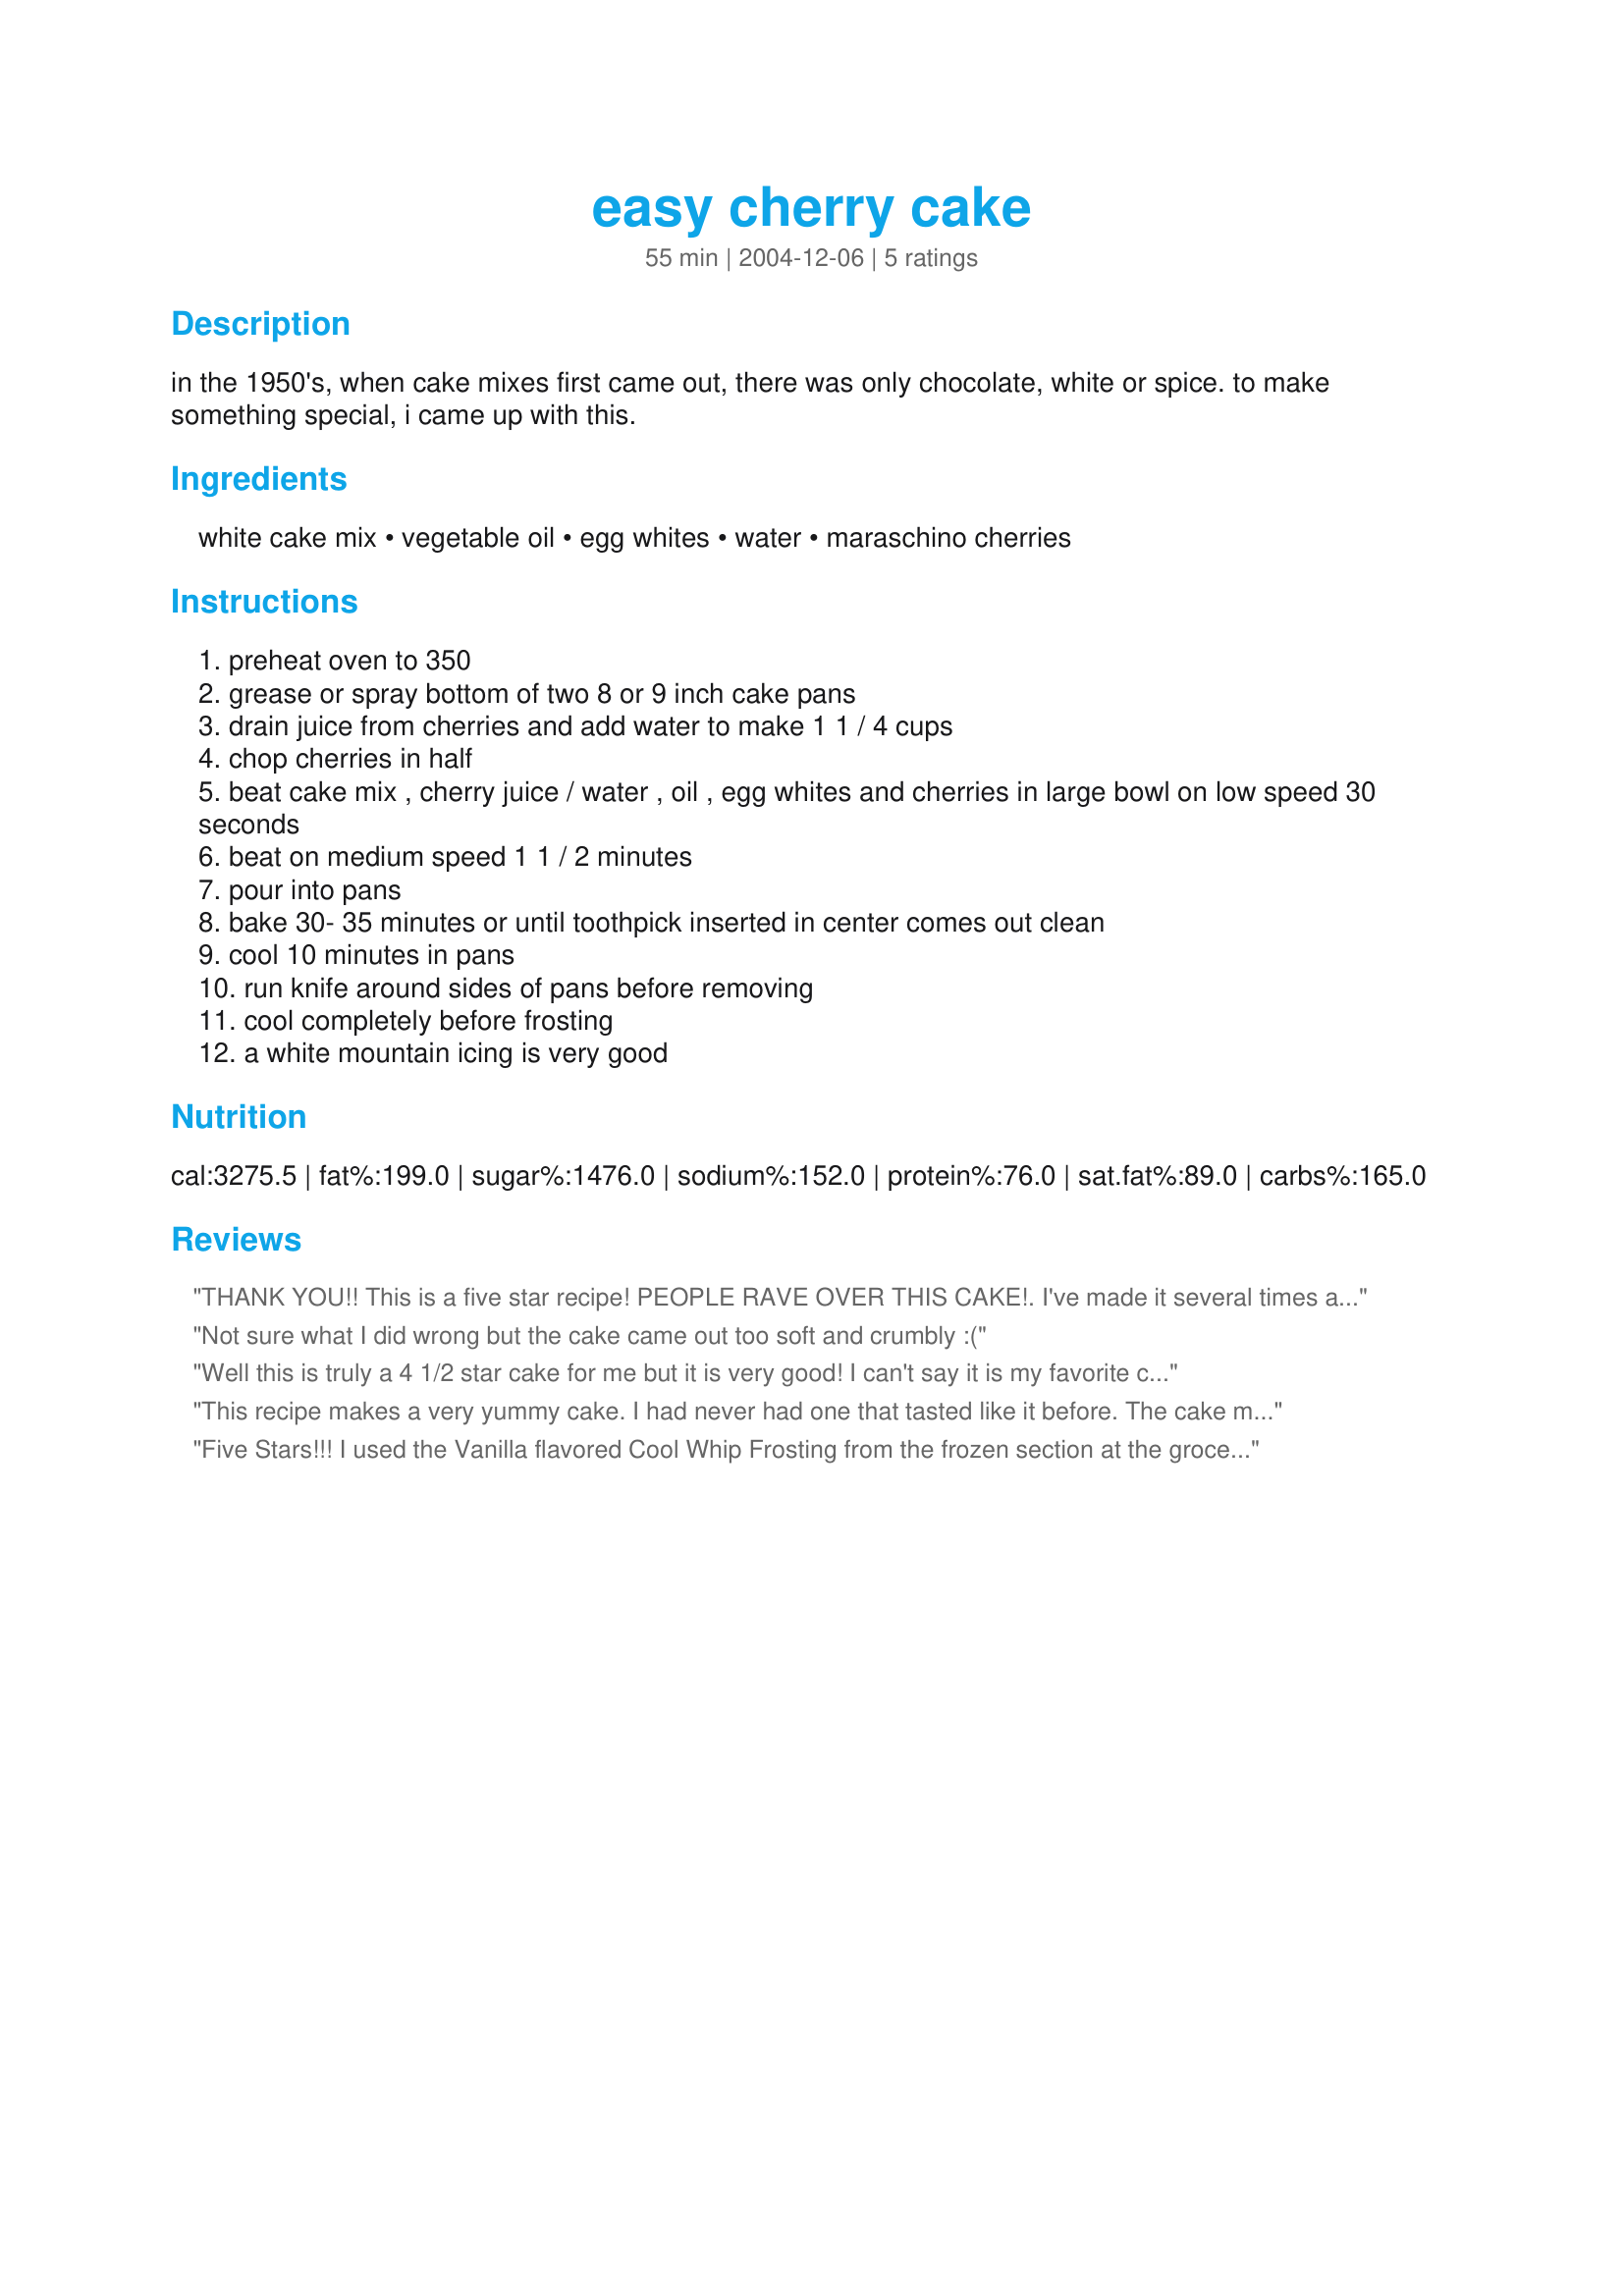
easy cherry cake
Preparation time: 55 minutes

in the 1950's, when cake mixes first came out, there was only chocolate, white or spice. to make something special, i came up with this.

Ingredients:
white cake mix, vegetable oil, egg whites, water, maraschino cherries

Steps:
preheat oven to 350
grease or spray bottom of two 8 or 9 inch cake pans
drain juice from cherries and add water to make 1 1 / 4 cups
chop cherries in half
beat cake mix , cherry juice / water , oil , egg whites and cherries in large bowl on low speed 30 seconds
beat on medium speed 1 1 / 2 minutes
pour into pans
bake 30- 35 minutes or until toothpick inserted in center comes out clean
cool 10 minutes in pans
run knife around sides of pans before removing
cool completely before frosting
a white mountain icing is very good

Reviews:
THANK YOU!! This is a five star recipe! PEOPLE RAVE OVER THIS CAKE!. I've made it several times and everyone wants the recipe. I made homemade Cream Cheese Icing and of corse added the cherries and some juice. Delicious! What a great find!! 5 STAR'S *****<br/>Thanks Again, JOANNA
Not sure what I did wrong but the cake came out too soft and crumbly :(
Well this is truly a 4 1/2 star cake for me but it is very good! I can't say it is my favorite cake (I still love my lemon poppy seed cake more) but this is wonderfully delicious and different in its own respect. I did use a white cake mix called cherry chip (has flecks of cherry bits in it) flavored cake mix in place of the white for added cherry flavor and I only used 3 eggs as called for on my recipe box and not whites. Other than that all was the same and I really appreciate the wonderful change of pace. Sweet and delicious. My husbands coworker enjoyed the cake as well.
This recipe makes a very yummy cake. I had never had one that tasted like it before. The cake mix starts off white, but when you add the cherry juice, it turns a pretty pink color. I had trouble with the layers sliding when I was cutting it, but I think that was because the canned icing was too soft. I should have let it set up longer, but was too impatient to taste it. I used Betty Crocker Rich and Creamy Vanilla icing. I highly recommend this delicious and easy cake. Made for Spring PAC '09.
Five Stars!!! I used the Vanilla flavored Cool Whip Frosting from the frozen section at the grocery store and it was amazing! Everyone loved it! Thanks for the great recipe!
